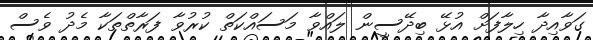
ގަވާއިދާ ހިލާފަށް އުޅޭ ބިދޭސީން ލައްވާ މަސައްކަތް ކުރުވާ ފަރާތްތަކާ މެދު ވެސް